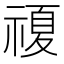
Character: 𱵡